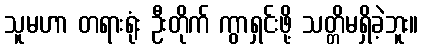
သူမဟာ တရားရုံး ဦးတိုက် ကွာရှင်းဖို့ သတ္တိမရှိခဲ့ဘူး။